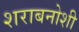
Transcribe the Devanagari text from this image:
शराबनोशी